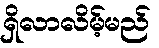
ရှိလာလိမ့်မည်